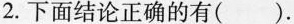
2.下面结论正确的有().